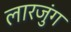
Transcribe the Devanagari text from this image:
लारजुंग